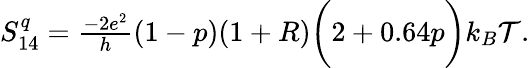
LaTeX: \begin{array}{r}{S_{14}^{q}=\frac{-2e^{2}}{h}(1-p)(1+R)\bigg(2+0.64p\bigg)k_{B}\mathcal{T}.}\end{array}